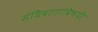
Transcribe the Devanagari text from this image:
संधिवाताविषयी